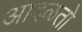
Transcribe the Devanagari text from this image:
आदळतो